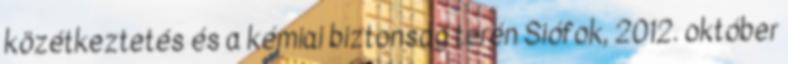
közétkeztetés és a kémiai biztonság terén Siófok, 2012. október